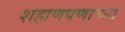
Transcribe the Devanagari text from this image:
शहाणपणाच्या